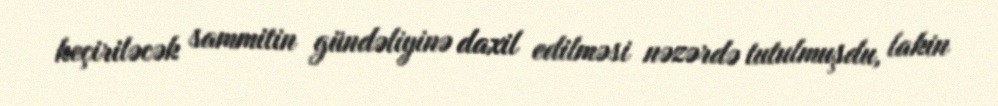
keçiriləcək sammitin gündəliyinə daxil edilməsi nəzərdə tutulmuşdu, lakin